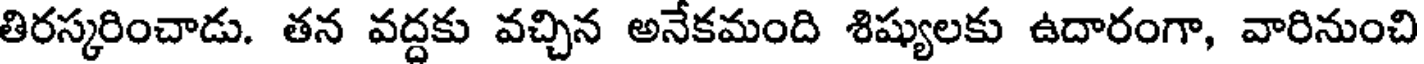
తిరస్కరించాడు. తన వద్దకు వచ్చిన అనేకమంది శిష్యులకు ఉదారంగా, వారినుంచి